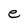
Character: e